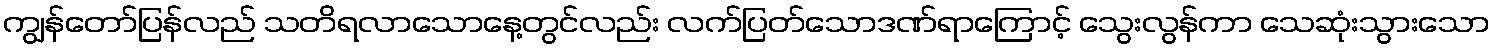
ကျွန်တော်ပြန်လည် သတိရလာသောနေ့တွင်လည်း လက်ပြတ်သောဒဏ်ရာကြောင့် သွေးလွန်ကာ သေဆုံးသွားသော